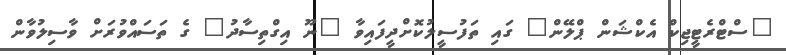
"ސްޓްރެޓީޖިކް އެކްޝަން ޕްލޭން" ގައި ތަފުސީލުކޮށްދީފައިވާ "ނޫ އިގްތިސާދު" ގެ ތަސައްވުރަށް ވާސިލުވާން